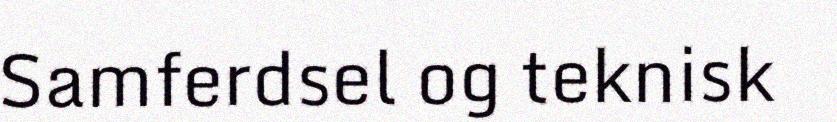
Samferdsel og teknisk